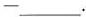
—___